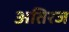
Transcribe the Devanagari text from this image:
अतिरज